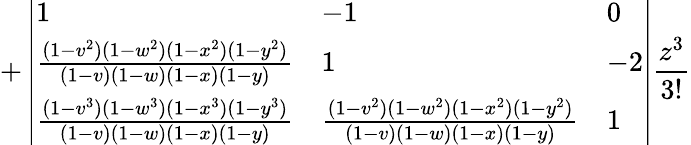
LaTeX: +\left|\begin{array}{lll}{1}&{-1}&{0}\\ {\frac{(1-v^{2})(1-w^{2})(1-x^{2})(1-y^{2})}{(1-v)(1-w)(1-x)(1-y)}}&{1}&{-2}\\ {\frac{(1-v^{3})(1-w^{3})(1-x^{3})(1-y^{3})}{(1-v)(1-w)(1-x)(1-y)}}&{\frac{(1-v^{2})(1-w^{2})(1-x^{2})(1-y^{2})}{(1-v)(1-w)(1-x)(1-y)}}&{1}\end{array}\right|\frac{z^{3}}{3!}